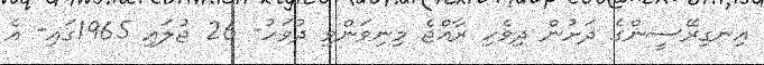
އިނގިރޭސީންގެ ދަށުން ދިވެހި ރާއްޖެ މިނިވަންވި ދުވަހު- 26 ޖުލައި 1965ގައި- އެ